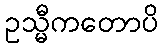
ဥသ္မီကတောပိ